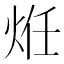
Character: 𭴞